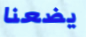
يضعنا